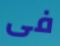
فى